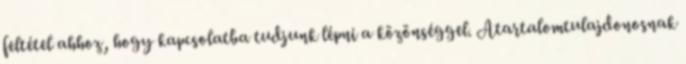
feltétel ahhoz, hogy kapcsolatba tudjunk lépni a közönséggel. Atartalomtulajdonosnak